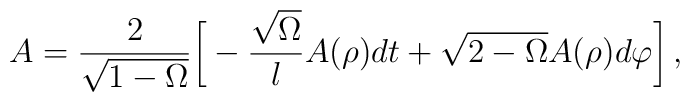
A=\frac{2}{\sqrt{1-\Omega}}{\biggl [}-\frac{\sqrt{\Omega}}{l}A(\rho)dt+\sqrt{2-\Omega} A(\rho) d \varphi{\biggr ]} \,,